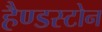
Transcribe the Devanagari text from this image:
हैण्डस्टोन